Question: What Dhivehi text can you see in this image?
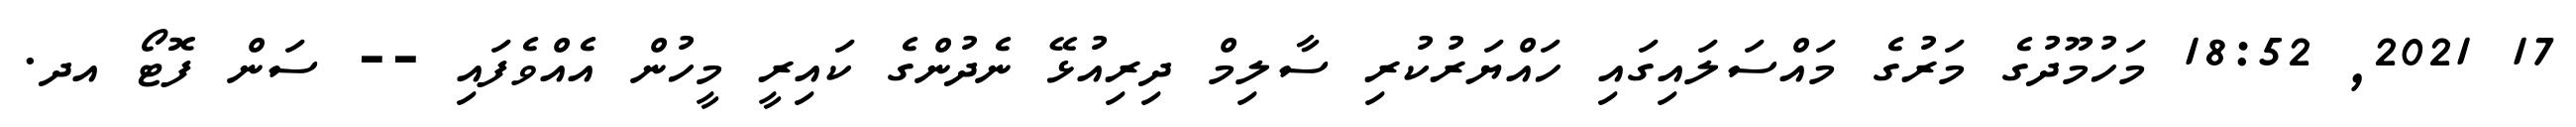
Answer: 17 2021, 18:52 މަހުމޫދުގެ މަރުގެ މައްސަލައިގައި ހައްޔަރުކުރި ސާލިމް ދިރިއުޅޭ ނެދުންގެ ކައިރީ މީހުން އެއްވެފައި -- ސަން ފޮޓޯ އދ.